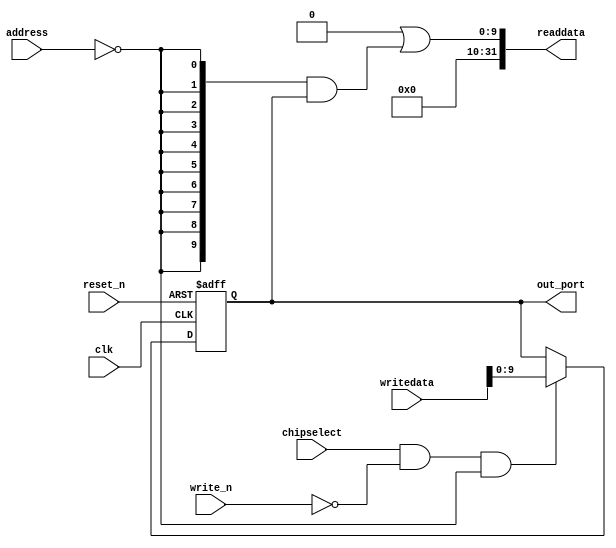
module soc_system_pio_led (
                            // inputs:
                             address,
                             chipselect,
                             clk,
                             reset_n,
                             write_n,
                             writedata,

                            // outputs:
                             out_port,
                             readdata
                          )
;

  output  [  9: 0] out_port;
  output  [ 31: 0] readdata;
  input   [  1: 0] address;
  input            chipselect;
  input            clk;
  input            reset_n;
  input            write_n;
  input   [ 31: 0] writedata;

  wire             clk_en;
  reg     [  9: 0] data_out;
  wire    [  9: 0] out_port;
  wire    [  9: 0] read_mux_out;
  wire    [ 31: 0] readdata;
  assign clk_en = 1;
  //s1, which is an e_avalon_slave
  assign read_mux_out = {10 {(address == 0)}} & data_out;
  always @(posedge clk or negedge reset_n)
    begin
      if (reset_n == 0)
          data_out <= 0;
      else if (chipselect && ~write_n && (address == 0))
          data_out <= writedata[9 : 0];
    end


  assign readdata = {32'b0 | read_mux_out};
  assign out_port = data_out;

endmodule